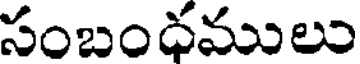
సంబంధములు